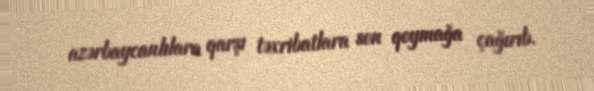
azərbaycanlılara qarşı təxribatlara son qoymağa çağırıb.